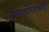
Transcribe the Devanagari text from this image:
यायच्याआधीच